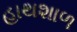
હાથશાળ